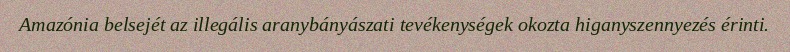
Amazónia belsejét az illegális aranybányászati tevékenységek okozta higanyszennyezés érinti.